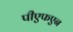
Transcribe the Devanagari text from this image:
पीएफएन